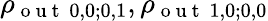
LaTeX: \rho_{\mathrm{~o~u~t~}~0,0;0,1},\rho_{\mathrm{~o~u~t~}~1,0;0,0}